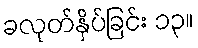
ခလုတ်နှိပ်ခြင်း ၁၃။